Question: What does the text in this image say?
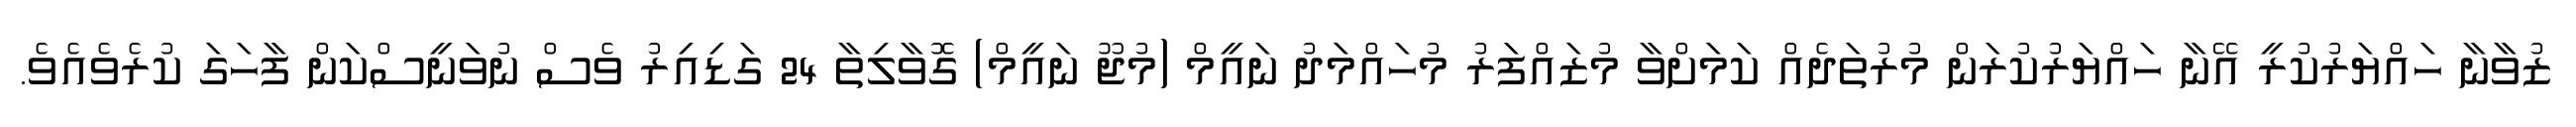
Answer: ޒުވާނާ ހައްޔަރުކުރީ އޭނާ ހައްޔަރުކުރަން މުރުތަދެއް ކަމަށްވާ މުޒައްފަރު މުހައްމަދު ނައީމް (މުޖޫ ނައީމް) ގޮވާލިތާ 24 ގަޑިއިރު ވެސް ނުވަނީސްކަން ފާހަގަ ކުރެވެއެވެ.